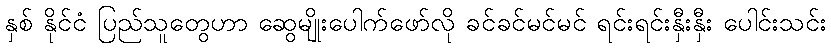
နှစ် နိုင်ငံ ပြည်သူတွေဟာ ဆွေမျိုးပေါက်ဖော်လို ခင်ခင်မင်မင် ရင်းရင်းနှီးနှီး ပေါင်းသင်း